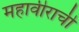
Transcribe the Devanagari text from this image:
महावीराची